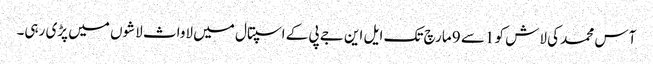
آس محمد کی لاش کو 1سے 9 مارچ تک ایل این جے پی کے اسپتال میں لاواث لاشوں میں پڑی رہی۔